Accidents in school laboratories and in rooms used for practical work, 1937
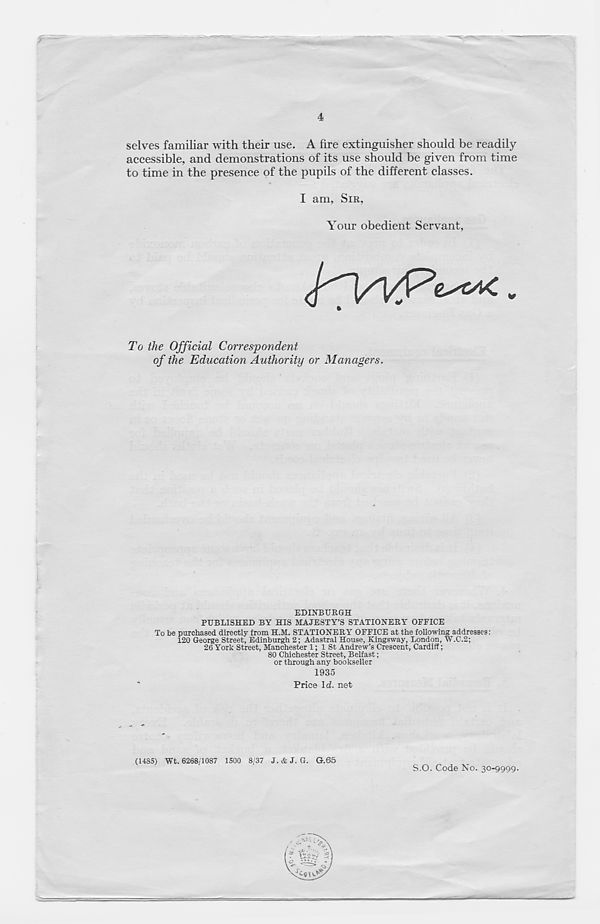
4
selves familiar with their use. A fire extinguisher should be readily
accessible, and demonstrations of its use should be given from time
to time in the presence of the pupils of the different classes.
I am, SIR,
Your obedient Servant,
To the Official Correspondent
of the Education Authority or Managers.
EDINBURGH
PUBLISHED BY HIS MAJESTY’S STATIONERY OFFICE
To be purchased directly from H.M. STATIONERY OFFICE at the following addresses:
120 George Street, Edinburgh 2; Adastral House, Kingsway, London, W.C.2;
26 York Street, Manchester 1; 1 St Andrew’s Crescent, Cardiff;
80 Chichester Street, Belfast;
or through any bookseller
1935
Price Id. net
(1485) Wt. 6268/1087 1500 8/37 J. & J. G. G.65
S.O. Code No. 30-9999.